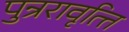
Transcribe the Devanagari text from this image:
पुन्ररावृत्त्ति